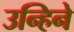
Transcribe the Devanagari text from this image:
उन्हिने